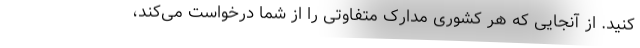
کنید. از آنجایی که هر کشوری مدارک متفاوتی را از شما درخواست می‌کند،